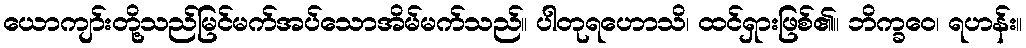
ယောကျာ်းတို့သည်မြင်မက်အပ်သောအိမ်မက်သည်။ ပါတုရဟောသိ၊ ထင်ရှားဖြစ်၏။ ဘိက္ခဝေ၊ ရဟန်း။